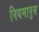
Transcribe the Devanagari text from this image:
नियमानुस